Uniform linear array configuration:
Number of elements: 4
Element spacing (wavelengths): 0.5
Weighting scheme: exponential
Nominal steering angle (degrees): -30
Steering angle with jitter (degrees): -29.632
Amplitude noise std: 0.05
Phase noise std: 0.05

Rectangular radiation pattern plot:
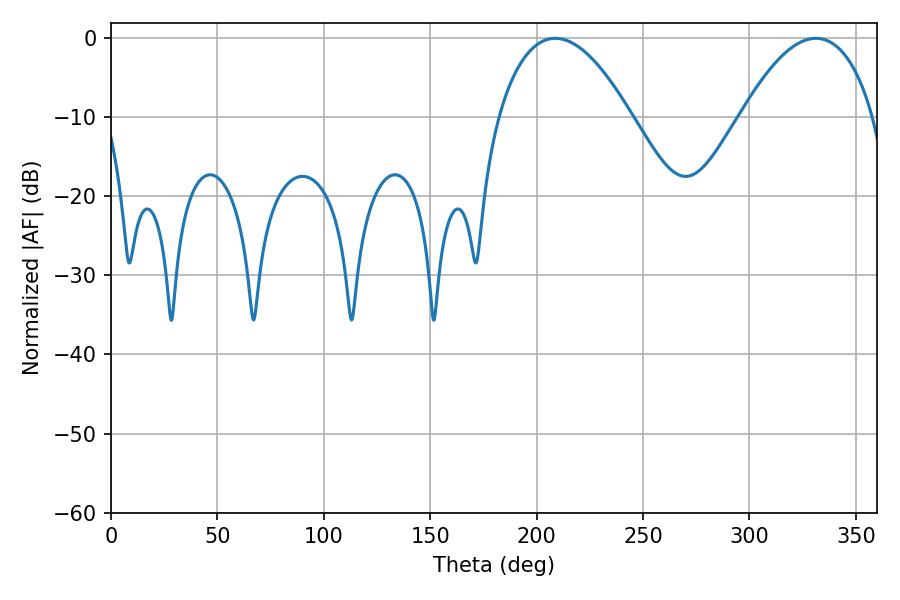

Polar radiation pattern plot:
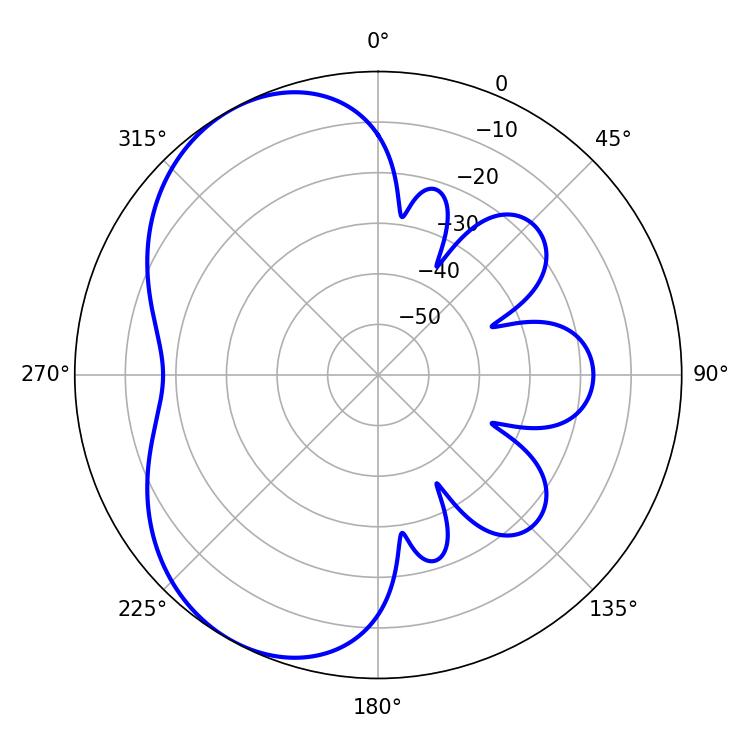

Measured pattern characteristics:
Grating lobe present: FALSE
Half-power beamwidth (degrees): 34.56
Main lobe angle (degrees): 208.8